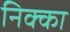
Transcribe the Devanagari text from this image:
निक्का